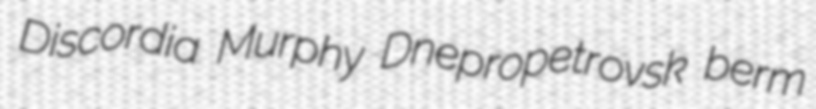
Discordia Murphy Dnepropetrovsk berm